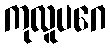
ကုလူပဂေ